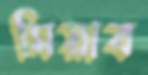
মিয়াব